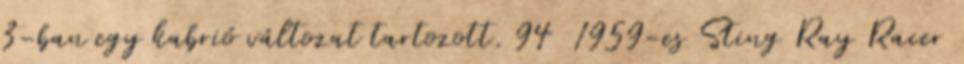
3-ban egy kabrió változat tartozott. 94 1959-es Sting Ray Racer